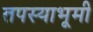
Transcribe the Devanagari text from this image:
तपस्याभूमी